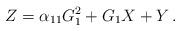
LaTeX: \begin{align*} Z=\alpha_{11}G_1^2+G_1X+Y\,.\end{align*}